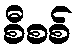
စီစစ်